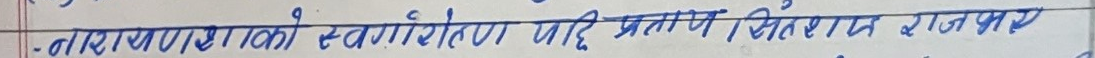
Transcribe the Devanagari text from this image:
- नारायणाकाे स्वर्गारोहण पछि प्रताप विराट् राजपुर